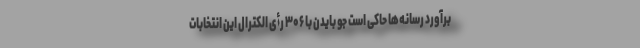
برآورد رسانه‌ها حاکی است جو بایدن با ۳۰۶ رأی الکترال این انتخابات